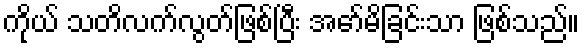
ကိုယ် သတိလက်လွတ်ဖြစ်ပြီး အော်မိခြင်းသာ ဖြစ်သည်။